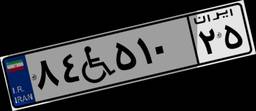
۸۴W۵۱۰۲۵